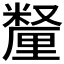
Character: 𫒄